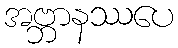
အဗ္ဘာနဿပေ